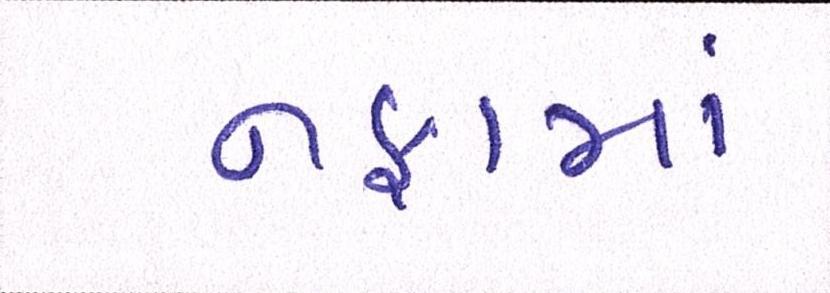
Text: નફામાં